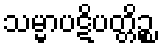
သမ္မာပဋိပတ္တိဉ္စ